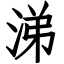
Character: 涕